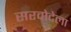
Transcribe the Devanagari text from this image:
सरवोदेला